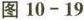
图10-19